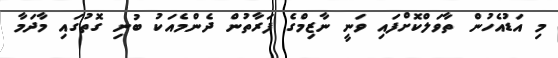
މި އަޑުއެހުން ތާވަލްކޮށްފައި ވަނީ ނާޒިމްގެ ފަރާތުން ދެންމެއަކު ބުނި ގޮތުގައި މާދަމާ